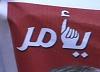
يأمر